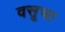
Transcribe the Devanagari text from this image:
वसूचा